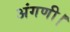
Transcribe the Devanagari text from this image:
अंगणी।